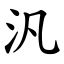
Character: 汎